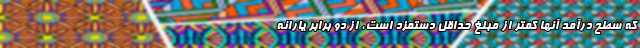
که سطح درآمد آنها کمتر از مبلغ حداقل دستمزد است، از دو برابر یارانه